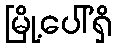
မြို့ပေါ်ရှိ